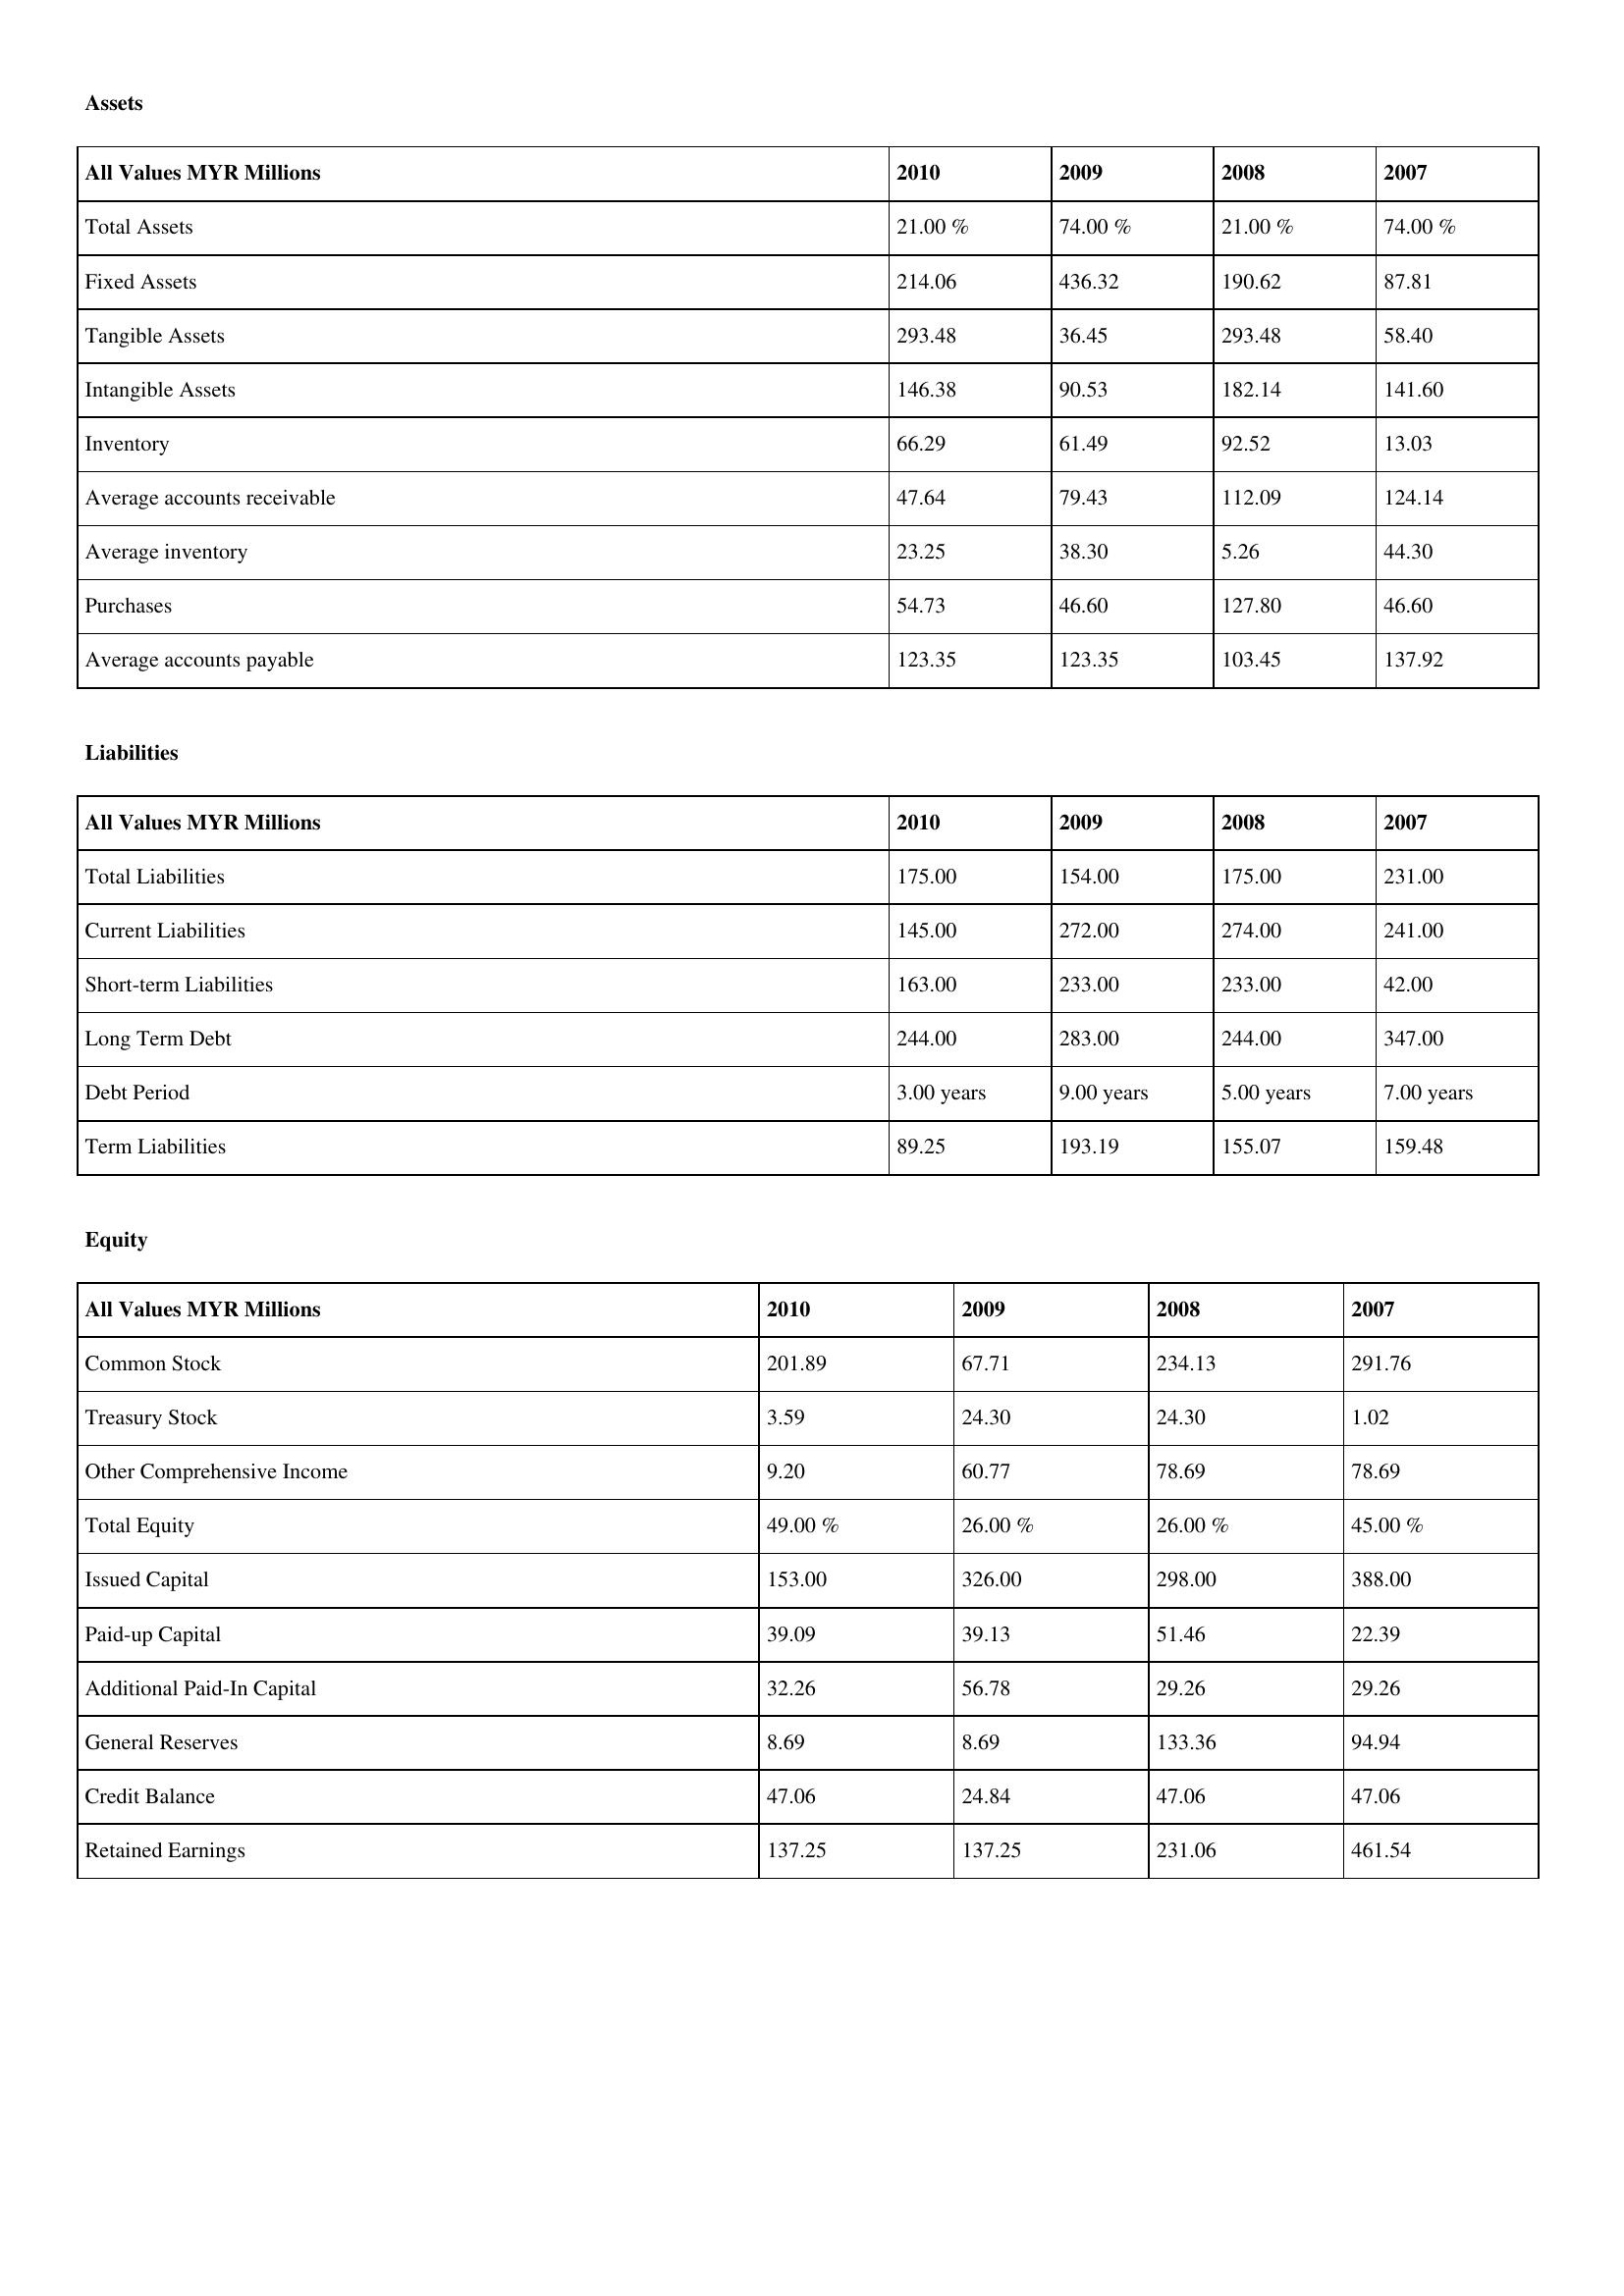
gt_parse: 2010: Assets: Total Assets: 21.00 %
Fixed Assets: 214.06
Tangible Assets: 293.48
Intangible Assets: 146.38
Inventory: 66.29
Average accounts receivable: 47.64
Average inventory: 23.25
Purchases: 54.73
Average accounts payable: 123.35
Liabilities: Total Liabilities: 175.00
Current Liabilities: 145.00
Short-term Liabilities: 163.00
Long Term Debt: 244.00
Debt Period: 3.00 years
Term Liabilities: 89.25
Equity: Common Stock: 201.89
Treasury Stock: 3.59
Other Comprehensive Income: 9.20
Total Equity: 49.00 %
Issued Capital: 153.00
Paid-up Capital: 39.09
Additional Paid-In Capital: 32.26
General Reserves: 8.69
Credit Balance: 47.06
Retained Earnings: 137.25
2009: Assets: Total Assets: 74.00 %
Fixed Assets: 436.32
Tangible Assets: 36.45
Intangible Assets: 90.53
Inventory: 61.49
Average accounts receivable: 79.43
Average inventory: 38.30
Purchases: 46.60
Average accounts payable: 123.35
Liabilities: Total Liabilities: 154.00
Current Liabilities: 272.00
Short-term Liabilities: 233.00
Long Term Debt: 283.00
Debt Period: 9.00 years
Term Liabilities: 193.19
Equity: Common Stock: 67.71
Treasury Stock: 24.30
Other Comprehensive Income: 60.77
Total Equity: 26.00 %
Issued Capital: 326.00
Paid-up Capital: 39.13
Additional Paid-In Capital: 56.78
General Reserves: 8.69
Credit Balance: 24.84
Retained Earnings: 137.25
2008: Assets: Total Assets: 21.00 %
Fixed Assets: 190.62
Tangible Assets: 293.48
Intangible Assets: 182.14
Inventory: 92.52
Average accounts receivable: 112.09
Average inventory: 5.26
Purchases: 127.80
Average accounts payable: 103.45
Liabilities: Total Liabilities: 175.00
Current Liabilities: 274.00
Short-term Liabilities: 233.00
Long Term Debt: 244.00
Debt Period: 5.00 years
Term Liabilities: 155.07
Equity: Common Stock: 234.13
Treasury Stock: 24.30
Other Comprehensive Income: 78.69
Total Equity: 26.00 %
Issued Capital: 298.00
Paid-up Capital: 51.46
Additional Paid-In Capital: 29.26
General Reserves: 133.36
Credit Balance: 47.06
Retained Earnings: 231.06
2007: Assets: Total Assets: 74.00 %
Fixed Assets: 87.81
Tangible Assets: 58.40
Intangible Assets: 141.60
Inventory: 13.03
Average accounts receivable: 124.14
Average inventory: 44.30
Purchases: 46.60
Average accounts payable: 137.92
Liabilities: Total Liabilities: 231.00
Current Liabilities: 241.00
Short-term Liabilities: 42.00
Long Term Debt: 347.00
Debt Period: 7.00 years
Term Liabilities: 159.48
Equity: Common Stock: 291.76
Treasury Stock: 1.02
Other Comprehensive Income: 78.69
Total Equity: 45.00 %
Issued Capital: 388.00
Paid-up Capital: 22.39
Additional Paid-In Capital: 29.26
General Reserves: 94.94
Credit Balance: 47.06
Retained Earnings: 461.54